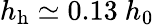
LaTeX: h_{\mathrm{h}}\simeq 0.13~h_{0}